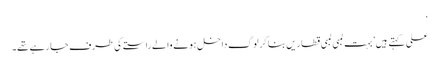
‘
علی کہتے ہیں ’بہت لمبی لمبی قطاریں بنا کر لوگ داخل ہونے والے راستے کی طرف جا رہے تھے۔